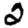
Digit: 2